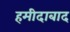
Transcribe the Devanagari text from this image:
हमीदाबाद